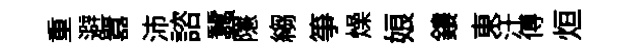
重避囂沛諮蠶隱縐箏燥娘鏤東汗傅烜